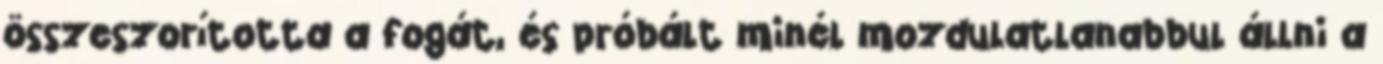
összeszorította a fogát, és próbált minél mozdulatlanabbul állni a